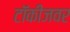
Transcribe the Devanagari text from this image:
टॉकीजवर